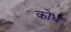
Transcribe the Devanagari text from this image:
कोध